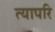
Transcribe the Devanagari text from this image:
त्यापरि